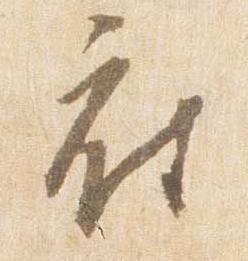
府